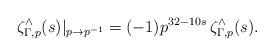
LaTeX: \begin{align*} \zeta^{\wedge}_{\Gamma,p}(s) \vert_{p\to p^{-1}}=(-1)p^{32-10s}\, \zeta^{\wedge}_{\Gamma,p}(s). \end{align*}